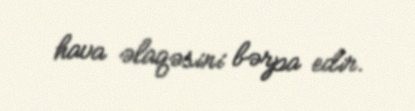
hava əlaqəsini bərpa edir.